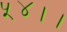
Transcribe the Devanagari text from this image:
५४।।